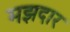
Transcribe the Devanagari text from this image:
मझदार